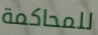
للمحاكمة